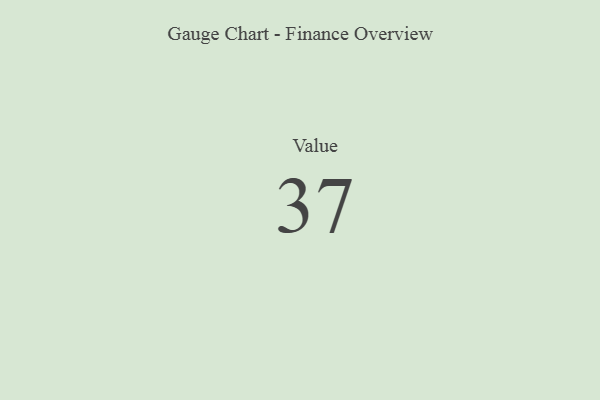
{"axis": {"x": "Metric", "y": "Value"}, "legend": [""], "data": [{"x": "Value", "y": 37, "type": ""}]}